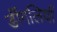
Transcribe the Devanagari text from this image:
डींगलियाँ